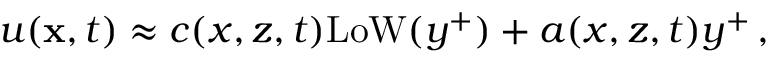
u ( { \bf x } , t ) \approx c ( x , z , t ) \mathrm { L o W } ( y ^ { + } ) + a ( x , z , t ) y ^ { + } \, ,